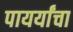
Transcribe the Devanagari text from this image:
पायर्यांचा